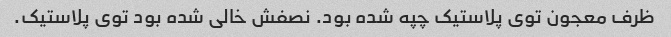
ظرف معجون توی پلاستیک چپه شده بود. نصفش خالی شده بود توی پلاستیک.